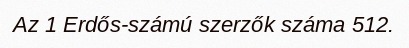
Az 1 Erdős-számú szerzők száma 512.